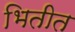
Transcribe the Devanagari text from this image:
भितीत